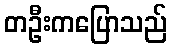
တဦးကပြောသည်